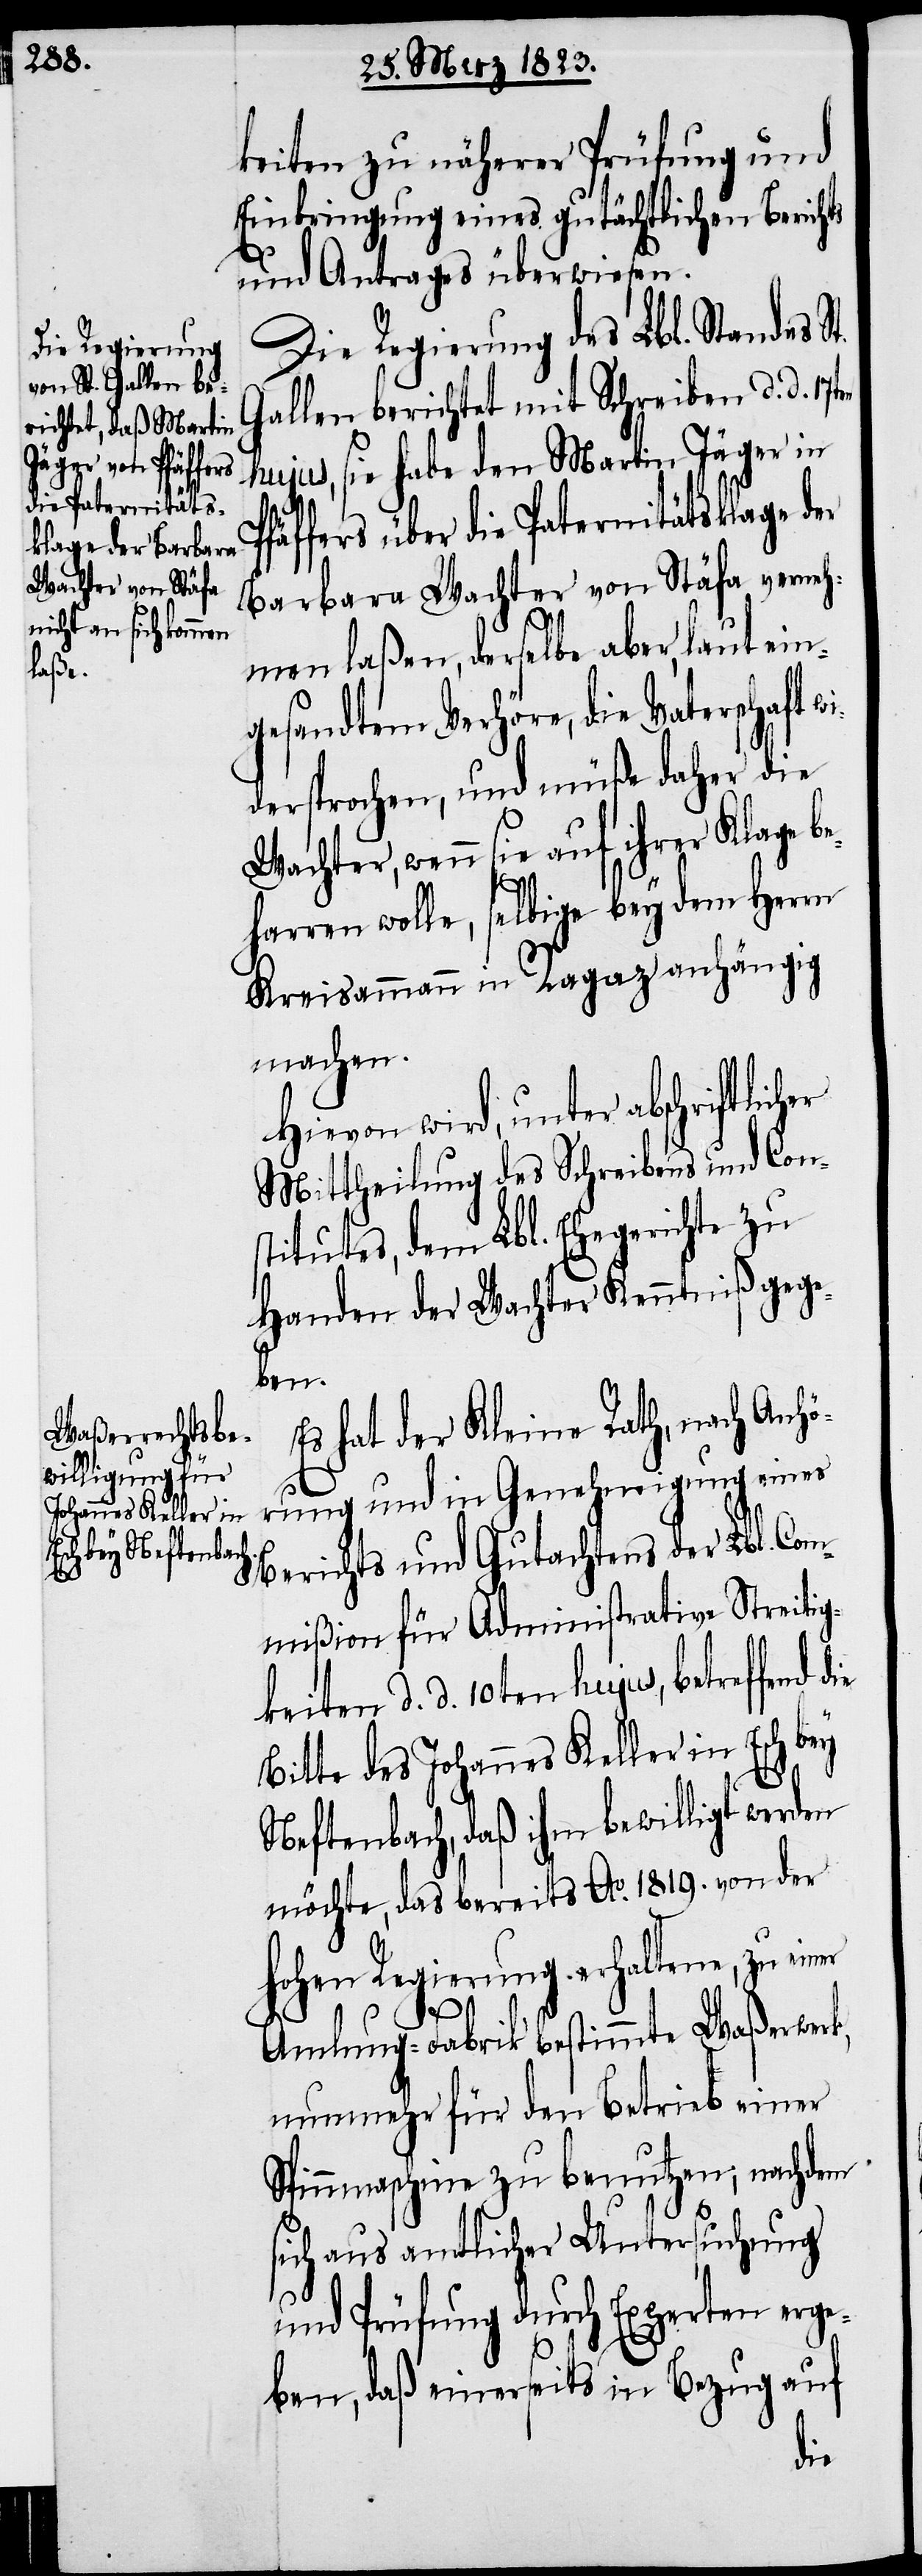
keiten zu näherer Prüfung und
Einbringung eines gutächtlichen Berichts
und Antrages überwiesen.
Die Regierung des Lbl. Standes S¬
Gallen berichtet mit Schreiben d. d.
hujus, sie habe den Martin Jäger in
über die Paternitätsklage der
Barbara Wachter von Stäfa verneh¬
men laßen, derselbe aber, laut ein¬
gesandtem Verhöre, die Vaterschaft
dersprochen, und müße daher die
Wachter, wenn sie auf ihrer Klage be¬
wi¬
harren wolle, selbige bey dem Herrn
Kreisammann in Ragaz anhängig
machen.
Hievon wird, unter abschriftlic¬
Mittheilung des Schreibens und Con¬
stitutes, dem Lbl. Ehegerichte zu
Handen der Wachter Kenntniß gege¬
ben.
Es hat der Kleine Rath, nach Anhö¬
rung und in Genehmigung eines
Berichts und Gutachtens der Lbl. Com¬
mißion für Administrative Streitig¬
keiten d. d. 10ten hujus, betreffend
Bitte des Johannes Keller in Esch bey
Neftenbach, daß ihm bewilligt werden
möchte, das bereits Ao. 1819. von der
hohen Regierung erhaltene, zu einer
Amlung-Fabrik bestimmte Waßerwerk,
nunmehr für den Betrieb einer
Spinnmaschine zu benutzen; nachdem
sich aus amtlicher Untersuchung
und Prüfung durch Experten erge¬
ben, daß einerseits in Bezug auf
die